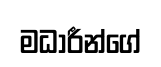
මධාරීන්ගේ